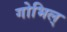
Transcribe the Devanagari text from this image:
गोभिल्